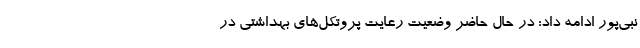
نبی‌پور ادامه داد: در حال حاضر وضعیت رعایت پروتکل‌های بهداشتی در